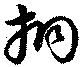
挏